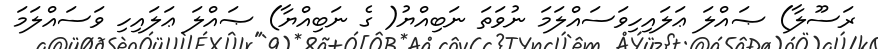
ރަސޫލާ) ޞައްލަ ޢަލައިހިވަސައްލަމަ ނުވަތަ ނަބިއްޔު( ގެ ނަބިއްޔާ) ޞައްލަ ޢަލައިހި ވަސައްލަމަ